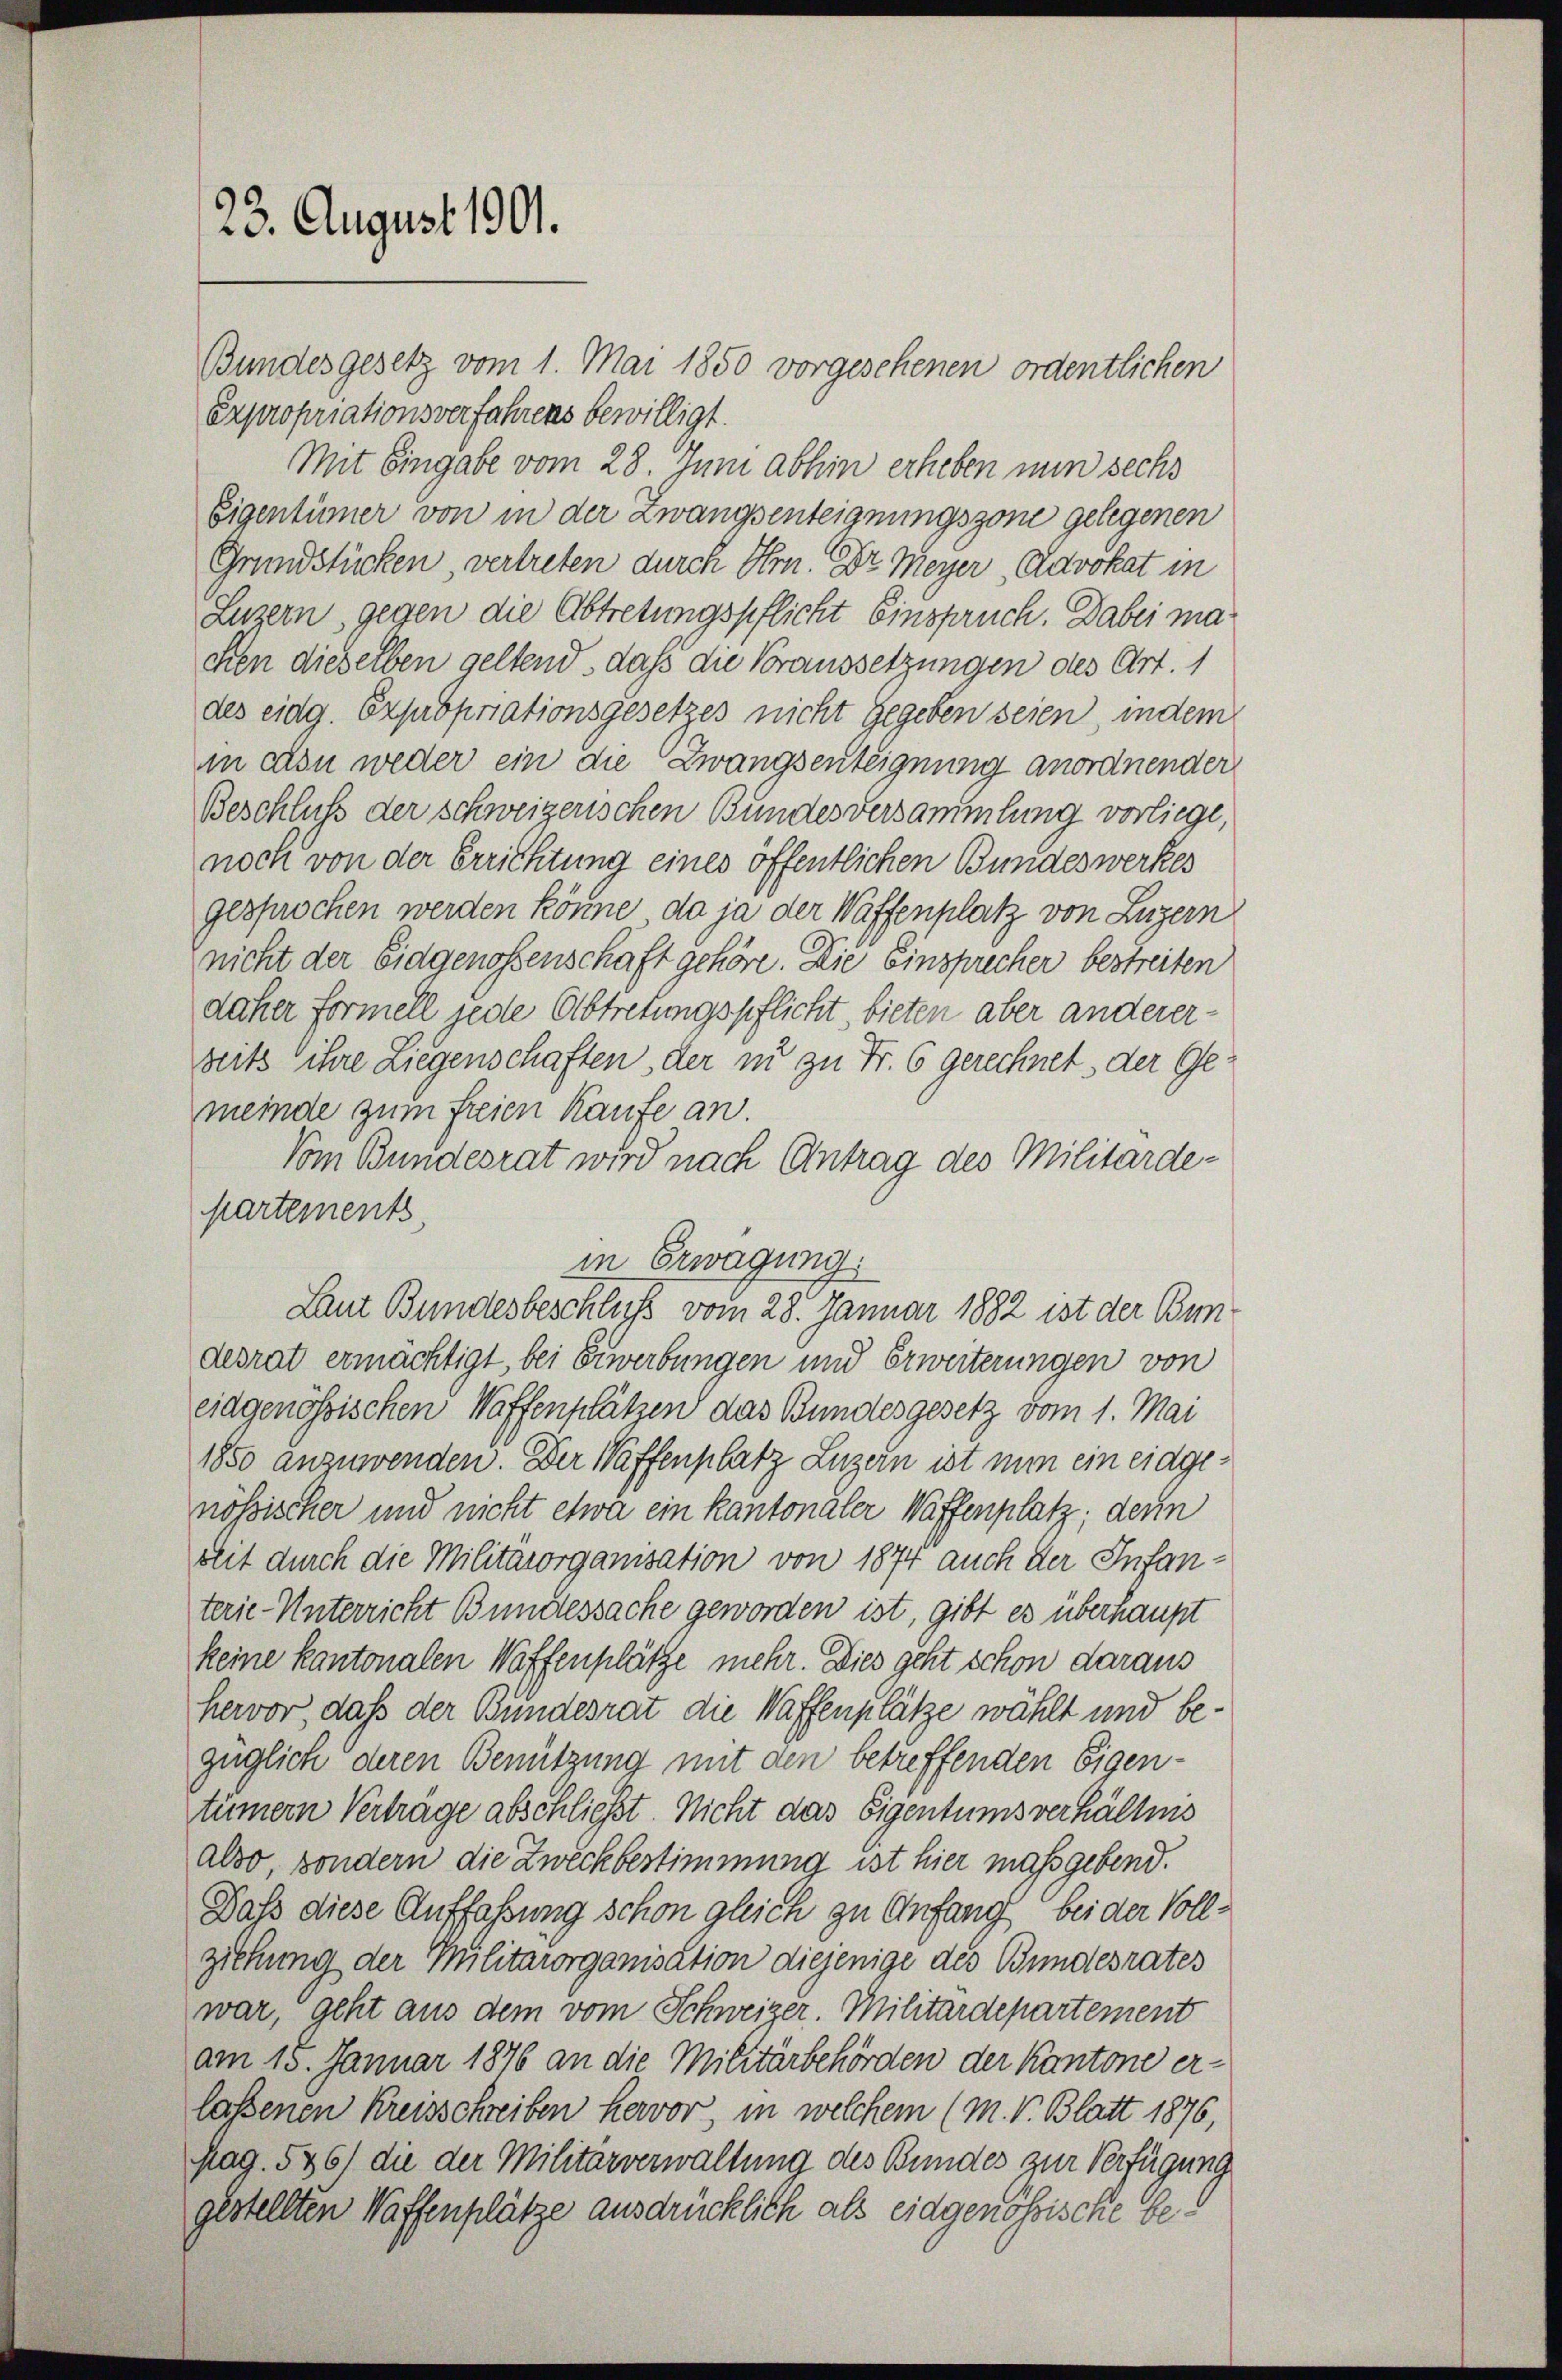
23. August 1901.

Bundesgesetz vom 1. Mai 1850 vorgesehenen ordentlichen
Expropriationsverfahrens bewilligt.
Mit Eingabe vom 28. Juni abhin erheben nun sechs
Eigentümer von in der Zwangsenteignungszone gelegenen
Grundstücken, vertreten durch Hrn. Dr Meyer, Advokat in
Luzern gegen die Abtretungspflicht Einspruch. Dabei machen dieselben geltend, daß die Voraussetzungen des Art. 1
des eidg. Expropriationsgesetzes nicht gegeben seien, indem
in ein weder ein die Zwangsenteignung anordnender
Beschluß der schweizerischen Bundesversammlung vorliege,
noch von der Errichtung eines öffentlichen Bundeswerkes
gesprochen werden könne, da ja der Waffenplatz von Luzern
nicht der Eidgenossenschaft gehöre. Die Einsprecher bestreiten
daher formell jede Abtretungspflicht, bieten aber andererseits ihre Liegenschaften, der in zu Fr. 6 gerechnet der Gemeinde zum freien Kaufe an
Vom Bundesrat wird nach Antrag des Militärde-
partements,
in Erwägung.
Laut Bundesbeschluß vom 28. Januar 1882 ist der Bundesrat ermächtigt, bei Erwerbungen und Erweiterungen von
eidgenössischen Waffenplätzen das Bundesgesetz vom 1. Mai
1850 anzuwenden. Der Waffenplatz Luzern ist nun ein eidgenössischer und nicht etwa ein kantonaler Waffenplatz, denn
seit durch die Militärorganisation von 1874 auch der Infanterie-Unterricht Bundessache geworden ist, gibt es überhaupt
keine kantonalen Waffenplätze mehr. Dies geht schon daraus
hervor, daß der Bundesrat die Waffenplätze wählt und bezüglich deren Benützung mit den betreffenden Eigentümern Verträge abschließt. Nicht das Eigentumsverhältnis
also, sondern die Zweckbestimmung ist hier maßgebend.
Daß diese Auffassung schon gleich zu Anfang bei der Vollziehung der Militärorganisation diejenige des Bundesrates
war, geht aus dem vom Schweizer. Militärdepartement
am 15. Januar 1876 an die Militärbehörden der Kantone erlassenen Kreisschreiben hervor, in welchem (M. V. Blatt 1876,
stag. 546) die der Militärverwaltung des Bundes zur Verfügung
gestellten Waffenplätze ausdrücklich als eidgenössische Ge¬